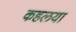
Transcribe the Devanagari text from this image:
कहलया